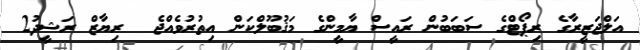
އަލްޖަޒީރާގެ ރިޕޯޓްގެ ސަބަބުން ރައީސް ޔާމީންގެ މަޤުބޫލްކަން އިތުރުވެއްޖެ  ރިޔާޒް ރަޝީދު2